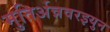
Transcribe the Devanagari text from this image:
मुतिर्अन्नवरइयुन